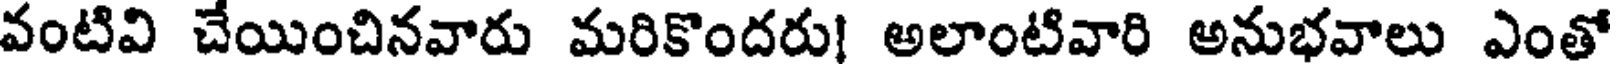
వంటివి చేయించినవారు మరికొందరు! అలాంటివారి అనుభవాలు ఎంతో